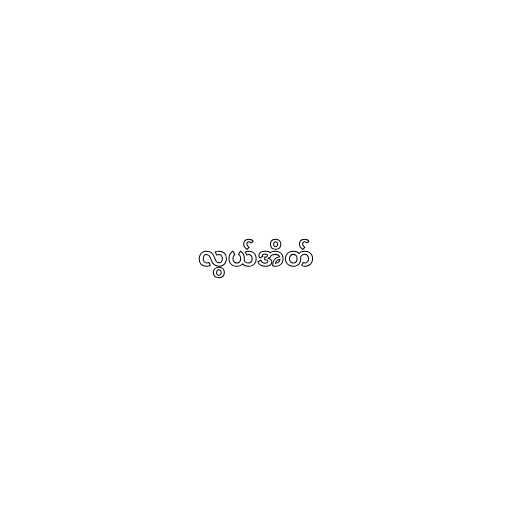
လွယ်အိတ်